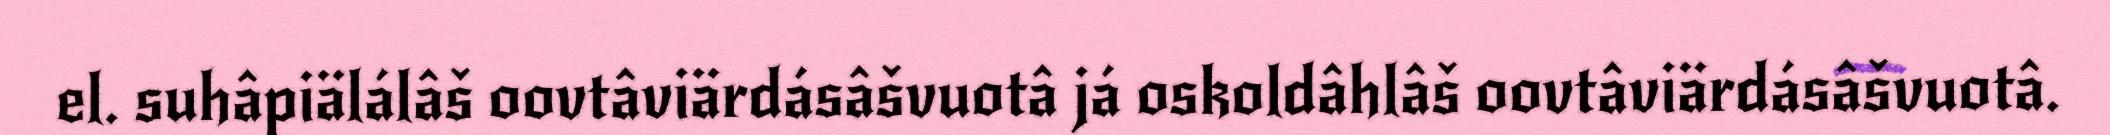
el. suhâpiälálâš oovtâviärdásâšvuotâ já oskoldâhlâš oovtâviärdásâšvuotâ.